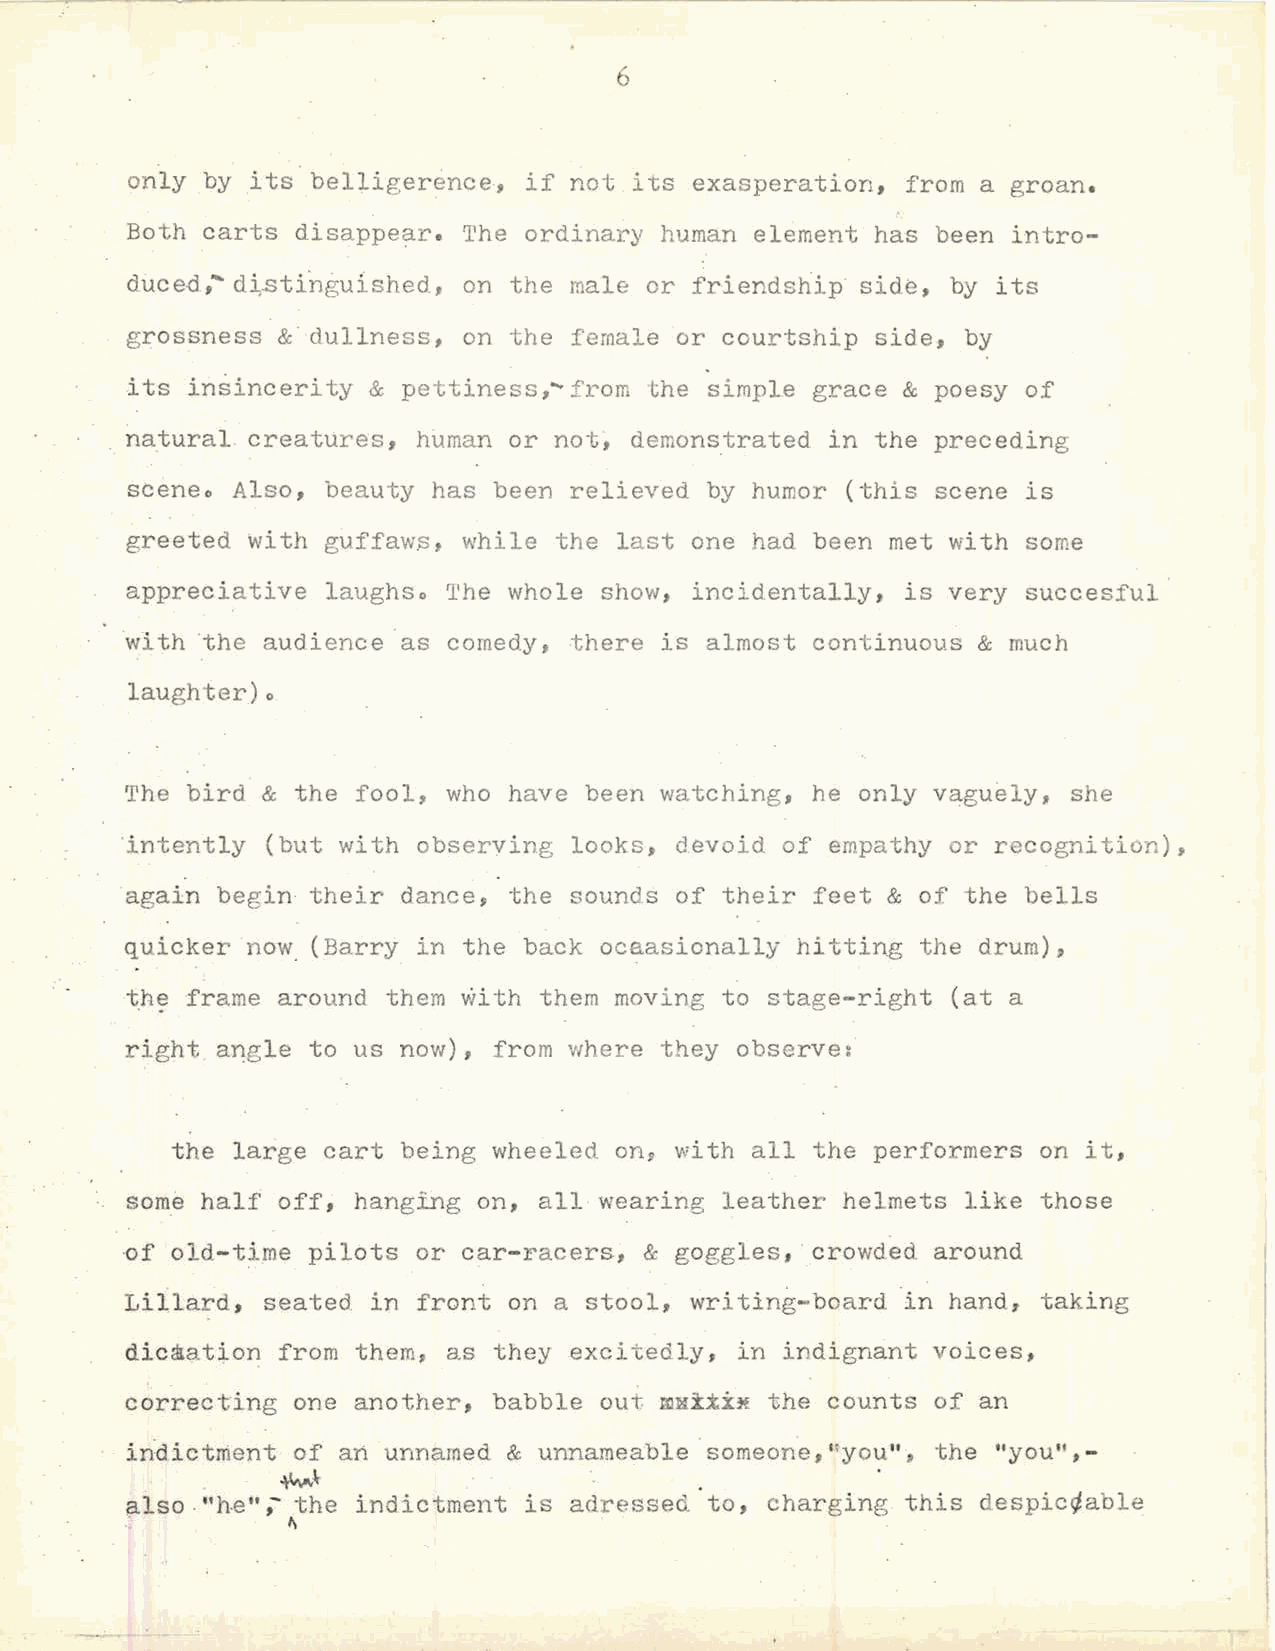
6
 only by  its belliger~nce, if not its exasperation, from a groan.
 Both carts  disappear. The ordinary human element has been intro
 duced,""' d~.sti'nguished, on the male or friendship side, by its
 grossness &  dullness, on the female or courtship side, by
 its in~incerity &  pettiness,~from the simple grace & poesy of
 ·. natural creatures, human or     demonstrated in the preceding
 not~
 sceneo Also,  beauty has been relieved by humor (this scene is
 greeted with  guffaw.s, while the last one had been met with some
 appreciative  laughso The whole show, incidentally, is very succesful
 with ·the audience as comedy, there is almost continuous & much
 laughter)o
 The bird &  the fool, who have been watching, he only vaguely, she
 intently  (but with observing looks, devoid of empathy or recognition),
 again begin  their dance, the sounds of their feet & of the bells
 quicker now. (Barry in the back ocaasionally hitting the drum),
 the frame around  them vii th them moving to stage-right (at a
 right angle to us now),  from where they observe:
 the large cart  being wheeled on, with all the performers on it,
 some half off, hanging  on, all wearing leather helmets like those
 nf          pilots  or car-racers, & goggles, crowded around
 old-t~me
 Liilard, seated  in front on a stool, ~ritin~-board in hand, taking
 dic*ation from  them, as they excitedly, in indignant voices,
 correcting one another,  babble out        the counts of an
 mM:i.t:h~
 in:dictment cf an unnamed & unnameable someone, ')you", the "you",-
 .
 ~~
 also ."he";- the indictment is adressed to, charging this despic~able
 '          ~